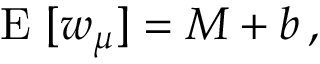
\mathrm { ~ E ~ } [ w _ { \boldsymbol { \mu } } ] = M + b \, ,